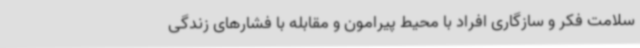
سلامت فکر و سازگاری افراد با محیط پیرامون و مقابله با فشارهای زندگی